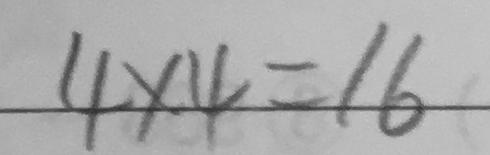
4 \times 4 = 1 6